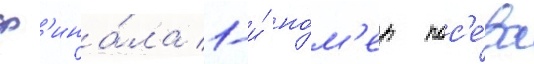
ф'ина́ла 1-и́ но́м'ер пос'е́ва